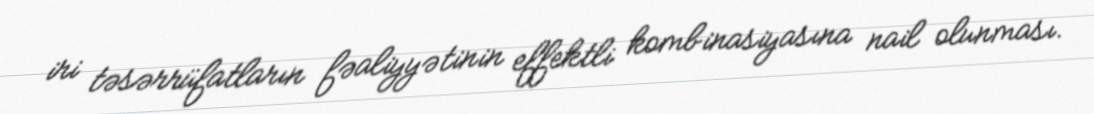
iri təsərrüfatların fəaliyyətinin effektli kombinasiyasına nail olunması.